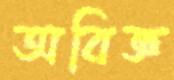
অবিজ্ঞ